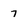
Character: 7